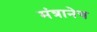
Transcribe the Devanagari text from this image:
मंत्रानेच